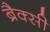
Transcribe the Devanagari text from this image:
ब्रैक्सी